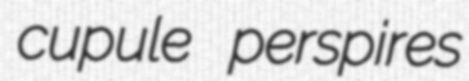
cupule perspires